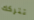
تتركك